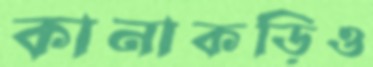
কানাকড়িও